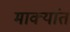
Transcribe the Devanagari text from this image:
माक्यांत